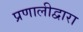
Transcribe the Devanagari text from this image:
प्रणालीद्वारा